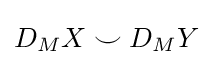
D_{M}X\smile D_{M}Y